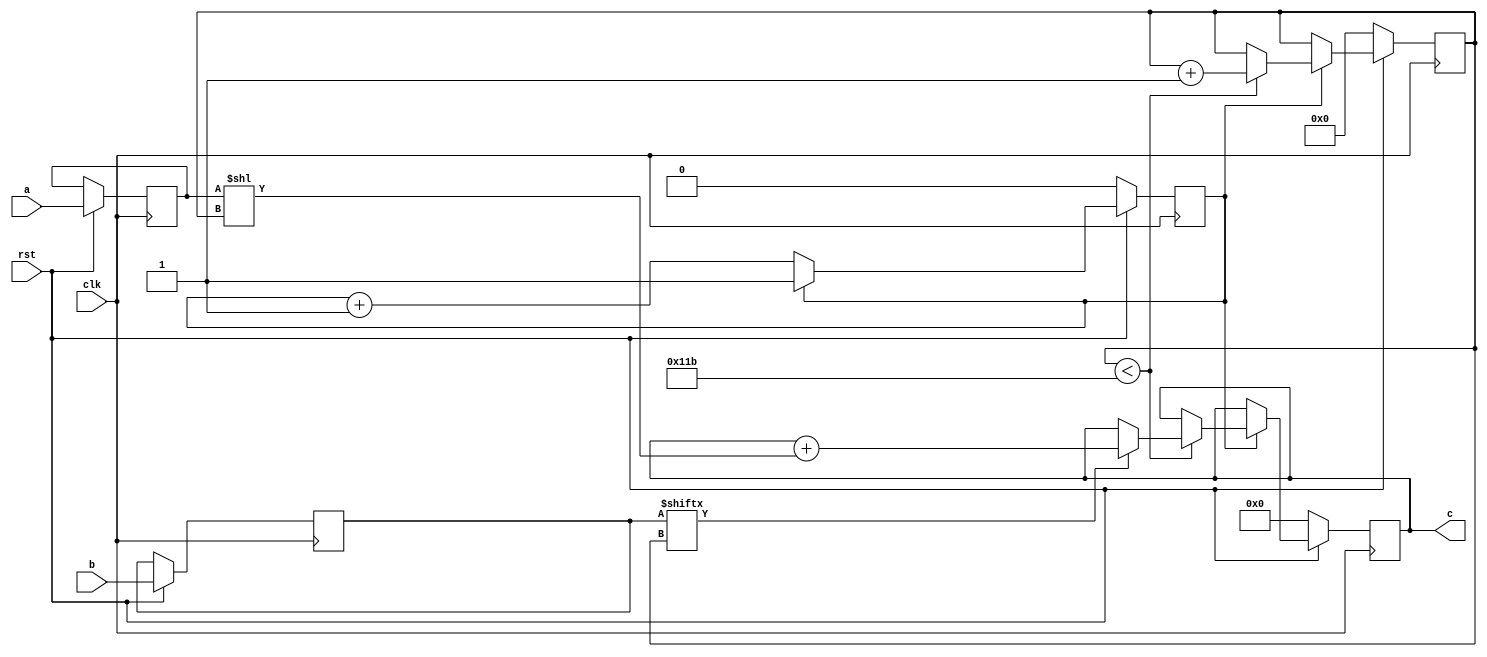
// TalTech large integer multiplier library
// Multiplier type: schoolbook
// Parameters: 283 283 2
// Target tool: genus
module schoolbook(clk, rst, a, b, c);
input clk;
input rst;
input [282:0] a;
input [282:0] b;
output reg [565:0] c;

reg [282:0] a_temp_1;
reg [282:0] b_temp_1;

reg  [8:0] count;
reg skip;

always @(posedge clk) begin
	if (rst == 1'b0) begin
		c <= 566'd0;
		count <= 9'd0;
		skip <= 1'd0;
	end
	else begin
		a_temp_1 <= a;
		b_temp_1 <= b;
		if (skip != 1) skip <= skip + 1;
		else begin
			if (count < 283) begin
				if (b_temp_1[count] == 1) begin
					c <= c + (a_temp_1 << count);
				end
				count <= count + 1;
			end
		end
	end
end
endmodule